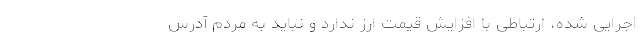
اجرایی شده، ارتباطی با افزایش قیمت ارز ندارد و نباید به مردم آدرس